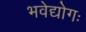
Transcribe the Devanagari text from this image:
भवेद्योगः